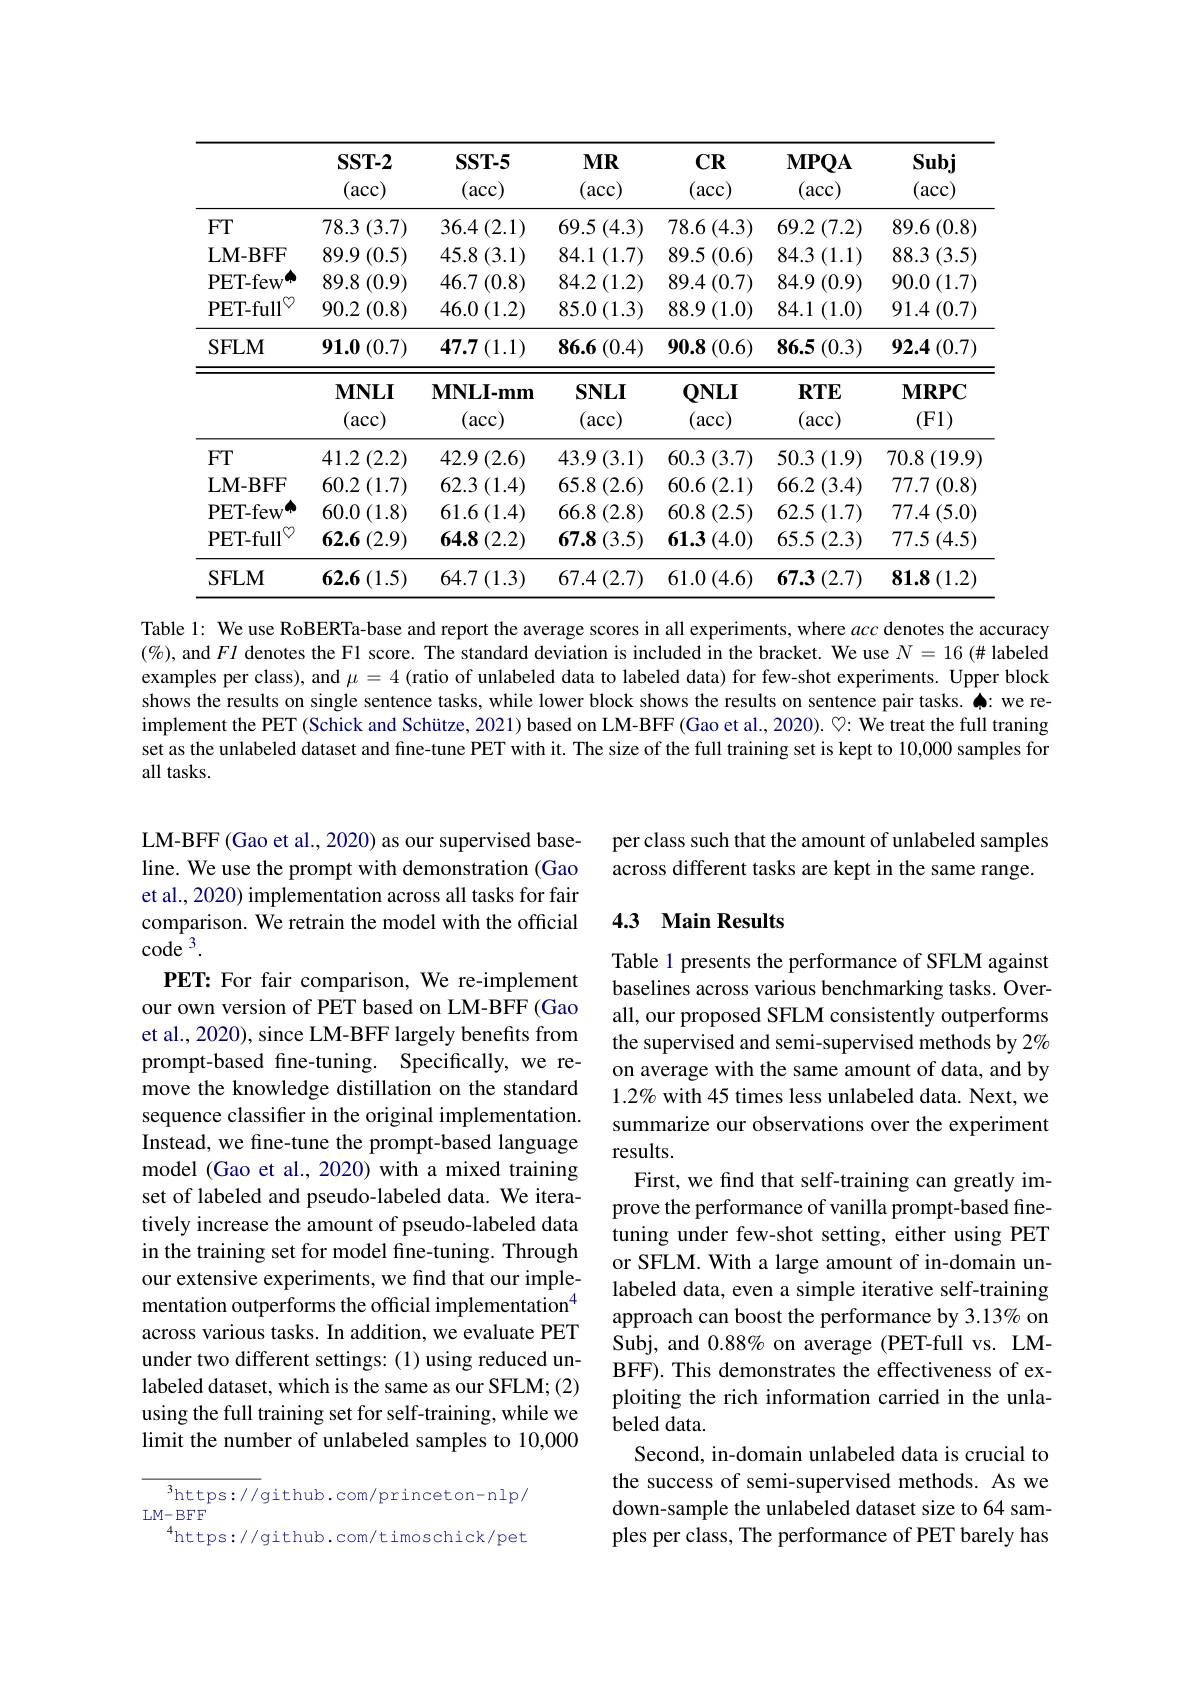
<table>
	<tbody>
		<tr>
			<th> </th>
			<th>$SST-2$ (acc)</th>
			<th>$SST-5$ (acc)</th>
			<th>$MR$ (acc)</th>
			<th>$\mathbf{CR}$ (acc)</th>
			<th>$\mathbf{MPQA}$ (acc)</th>
			<th>Subj (acc)</th>
		</tr>
		<tr>
			<td>$FT$</td>
			<td>78.3 (3.7)</td>
			<td>36.4 1 (2.1)</td>
			<td>69.5 (4.3)</td>
			<td>78.6 (4.3)</td>
			<td>$69.2\left(7.2\right)$</td>
			<td>89.6 (0.8)</td>
		</tr>
		<tr>
			<td>LM- BFF</td>
			<td>89.9 $\vartheta\left(0.5\right)$ 1</td>
			<td>45.8 (3.1)</td>
			<td>$84.1\left(1.7\right)$</td>
			<td>89.5 (0.6)</td>
			<td>84.3 (1.1)</td>
			<td>88.3 (3.5)</td>
		</tr>
		<tr>
			<td>$\mathbf{PET-few}$</td>
			<td>89.8 (0.9)</td>
			<td>46.7 (0.8)</td>
			<td>$84.2\left(1.2\right)$</td>
			<td>$89.4\left(0.7\right)$</td>
			<td>84.9 (0.9)</td>
			<td>90.0 (1.7)</td>
		</tr>
		<tr>
			<td>PET- full</td>
			<td>90.2 (0.8)</td>
			<td>46.0 (1.2)</td>
			<td>$85.0\left(1.3\right)$</td>
			<td>$88.9\left(1.0\right)$</td>
			<td>84.1 (1.0)</td>
			<td>$91.4\left(0.7\right)$</td>
		</tr>
		<tr>
			<td rowspan="2">SFLM</td>
			<td>91.0 (0.7)</td>
			<td>$47.7\left(1.1\right)$</td>
			<td>86.6 (0.4)</td>
			<td>$90.8\left(0.6\right)$ 1</td>
			<td>$86.5\left(0.3\right)$</td>
			<td>$92.4\left(0.7\right)$</td>
		</tr>
		<tr>
			<td>$\mathbf{MNLI}$ (acc)</td>
			<td>$\mathbf{MNLI-mm}$ (acc)</td>
			<td>$SNLI$ (acc)</td>
			<td>$QNLI$ (acc)</td>
			<td>$RTE$ (acc)</td>
			<td>$\mathbf{MRPC}$ (F1)</td>
		</tr>
		<tr>
			<td>$FT$</td>
			<td>$41.2\left(2.2\right)$</td>
			<td>$42.9\left(2.6\right)$ 1</td>
			<td>$43.9\left(3.1\right)$</td>
			<td>60.3 (3.7)</td>
			<td>50.3 (1.9) $i$ $\textbf{Y}$</td>
			<td>70.8 (19.9 1</td>
		</tr>
		<tr>
			<td>LM- BFF</td>
			<td>$60.2\left(1.7\right)$</td>
			<td>62.3 (1.4)</td>
			<td>65.8 (2.6)</td>
			<td>$60.6\left(2.1\right)$</td>
			<td>66.2 (3.4)</td>
			<td>77.7 (0.8)</td>
		</tr>
		<tr>
			<td>$\mathbf{PET-few}$</td>
			<td>60.0 (1.8)</td>
			<td>$61.6\left(1.4\right)$</td>
			<td>66.8 (2.8)</td>
			<td>60.8 (2.5)</td>
			<td>62.5 (1.7)</td>
			<td>$77.4\left(5.0\right)$</td>
		</tr>
		<tr>
			<td>PET-full</td>
			<td>$62.6\left(2.9\right)$</td>
			<td>64.8 (2.2) 1</td>
			<td>67.8(3.5)</td>
			<td>$61.3\left(4.0\right)$</td>
			<td>65.5 (2.3)</td>
			<td>77.5 (4.5)</td>
		</tr>
		<tr>
			<td>SFLM</td>
			<td>$62.6\left(1.5\right)$</td>
			<td>$64.7\left(1.3\right)$</td>
			<td>$67.4\left(2.7\right)$</td>
			<td>61.0 (4.6)</td>
			<td>$67.3\left(2.7\right)$</td>
			<td>81.8 $3\left(1.2\right)$</td>
		</tr>
	</tbody>
</table>

Table 1: We use RoBERTa-base and report the average scores in all experiments, where acc denotes the accuracy $(\%)$, and $Fl$ denotes the F1 score. The standard deviation is included in the bracket. We use $N=16$ (# labeled examples per class), and $\mu=4$ (ratio of unlabeled data to labeled data) for few-shot experiments. Upper block shows the results on single sentence tasks, while lower block shows the results on sentence pair tasks. $\spadesuit:$ we reimplement the PET (Schick and Schütze, 2021) based on LM-BFF (Gao et al., 2020). ♡: We treat the full traning set as the unlabeled dataset and fine-tune PET with it. The size of the full training set is kept to 10,000 samples for all tasks.

per class such that the amount of unlabeled samples across different tasks are kept in the same range.

## 4.3 Main Results

LM-BFF (Gao et al., 2020) as our supervised baseline. We use the prompt with demonstration (Gao et al., 2020) implementation across all tasks for fair comparison. We retrain the model with the official $code^{3}.$
PET: For fair comparison, We re-implement our own version of PET based on LM-BFF (Gao et al., 2020), since LM-BFF largely benefits from prompt-based fine-tuning. Specifically, we remove the knowledge distillation on the standard sequence classifier in the original implementation. Instead, we fine-tune the prompt-based language model (Gao et al., 2020) with a mixed training set of labeled and pseudo-labeled data. We iteratively increase the amount of pseudo-labeled data in the training set for model fine-tuning. Through our extensive experiments, we find that our implementation outperforms the official implementation$^{4}$ across various tasks. In addition, we evaluate PET under two different settings: (1) using reduced unlabeled dataset, which is the same as our SFLM; (2) using the full training set for self-training, while we limit the number of unlabeled samples to 10,000

Table 1 presents the performance of SFLM against baselines across various benchmarking tasks. Overall, our proposed SFLM consistently outperforms the supervised and semi-supervised methods by 2% on average with the same amount of data, and by 1.2% with 45 times less unlabeled data. Next, we summarize our observations over the experiment results.
First, we find that self-training can greatly improve the performance of vanilla prompt-based finetuning under few-shot setting, either using PET or SFLM. With a large amount of in-domain unlabeled data, even a simple iterative self-training approach can boost the performance by 3.13% on Subj, and 0.88% on average (PET-full vs. LMBFF). This demonstrates the effectiveness of exploiting the rich information carried in the unlabeled data.
Second, in-domain unlabeled data is crucial to the success of semi-supervised methods. As we down-sample the unlabeled dataset size to 64 samples per class, The performance of PET barely has

${^{3}\mathrm{https://github.com/princeton-nlp/}}$
LM- BFF
$^{4}$https://github.com/timoschick/pet